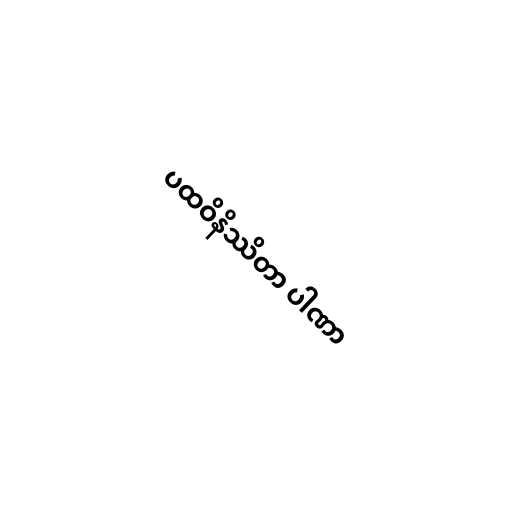
ပထဝိနိဿိတာ ပါဏာ